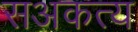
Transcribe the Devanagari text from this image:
सअकत्य